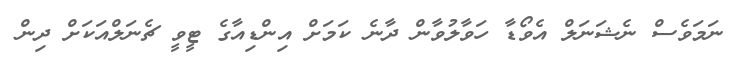
ނަމަވެސް ނެޝަނަލް އެވޯޑާ ހަވާލުވާން ދާނެ ކަމަށް އިންޑިއާގެ ޓީވީ ޗެނަލްއަކަށް ދިން